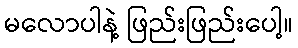
မလောပါနဲ့ ဖြည်းဖြည်းပေါ့။